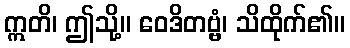
ဣတိ၊ ဤသို့။ ဝေဒိတဗ္ဗံ၊ သိထိုက်၏။